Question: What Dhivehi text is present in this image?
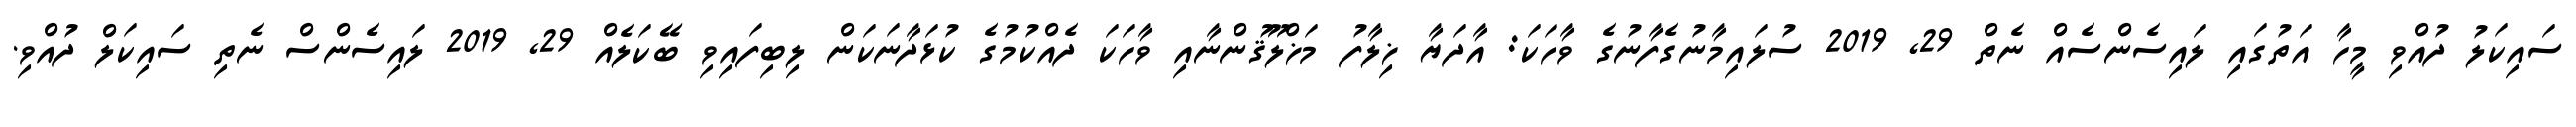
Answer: ސައިކަލު ދުއްވި މީހާ އަތުގައި ލައިސެންސެއް ނެތް 29, 2019 ސުލައިމާނުގެފާނުގެ ވާހަކަ: އާދަޔާ ޚިލާފު މަޚްލޫޤުންނާއި ވާހަކަ ދެއްކުމުގެ ކުޅަދާނަކަން ލިބިފައިވި ބޭކަލެއް 29, 2019 ލައިސެންސް ނެތި ސައިކަލް ދުއްވި.